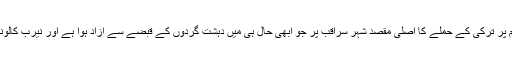
کہا جا رہا ہے کہ شام پر ترکی کے حملے کا اصلی مقصد شہر سراقب پر جو ابھی حال ہی میں دہشت گردوں کے قبضے سے آزاد ہوا ہے اور نیرب کالونی پر قبضہ کرنا ہے۔